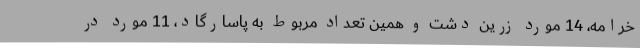
خرامه، 14 مورد زرین دشت و همین تعداد مربوط به پاسارگاد، 11 مورد در